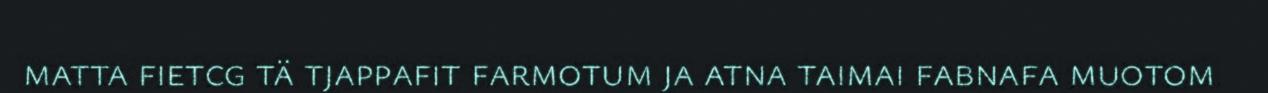
matta fietcg tä tjappafit farmotum ja atna taimai fabnafa muotom